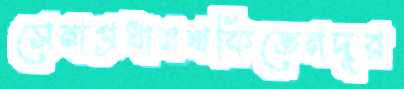
সেনাপ্রধানথকিতেনদূর